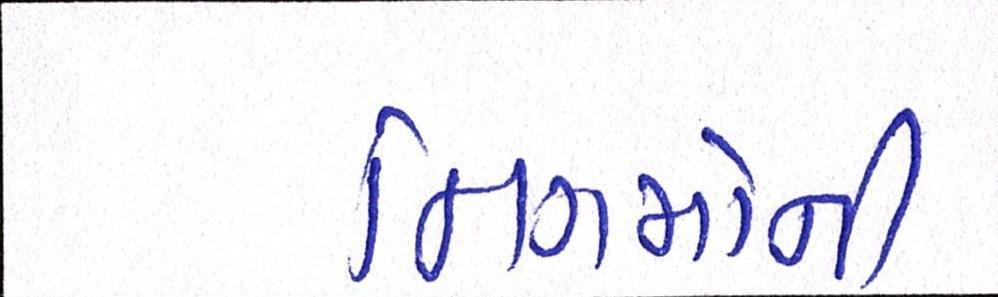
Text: નિગમોની